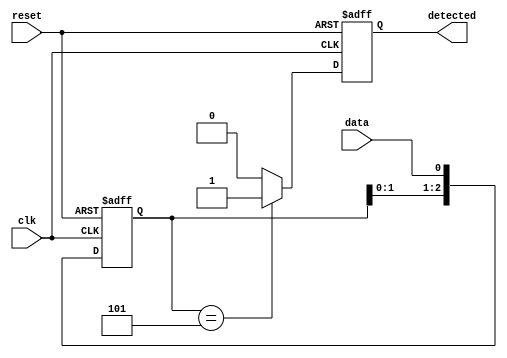
module pattern_detector (
    input wire clk,            // Clock signal
    input wire reset,          // Reset signal
    input wire data,           // Input signal to monitor
    output reg detected        // Output signal indicating pattern detection
);

    // Parameters for the pattern to be detected
    parameter PATTERN = 3'b101; // The pattern to detect (3 bits)
    parameter PATTERN_LENGTH = 3; // Length of the pattern

    // Flip-flops to hold the state of the input signal
    reg [PATTERN_LENGTH-1:0] shift_reg;

    // Sequential logic for the flip-flops
    always @(posedge clk or posedge reset) begin
        if (reset) begin
            shift_reg <= 0; // Clear the shift register on reset
            detected <= 0;   // Clear detected output
        end else begin
            // Shift the input data into the shift register
            shift_reg <= {shift_reg[PATTERN_LENGTH-2:0], data};
            // Check if the current state matches the pattern
            if (shift_reg == PATTERN) begin
                detected <= 1; // Pattern detected
            end else begin
                detected <= 0; // No pattern detected
            end
        end
    end

endmodule